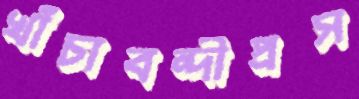
খাঁচাবন্দীপ্রস